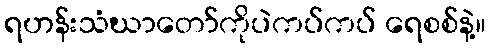
ရဟန်းသံဃာတော်ကိုပဲကပ်ကပ် ရေစစ်နဲ့။